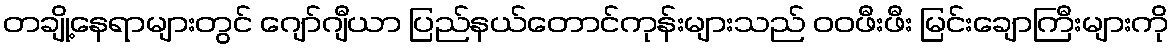
တချို့နေရာများတွင် ဂျော်ဂျီယာ ပြည်နယ်တောင်ကုန်းများသည် ဝဝဖီးဖီး မြင်းချောကြီးများကို